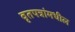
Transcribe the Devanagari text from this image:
वृतपत्रांमधील